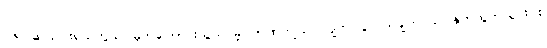
၁၆။ ဆယ်ပါးရယ်ဘွယ်၊ မှတ်ကြောင်းသွယ်ပိမ့်၊ ဉာဏ်ကျယ်ပါလျက်၊ ပွဲလယ်ချက်ဝယ်၊ နုတ်ထွက်ယွင်းပါး၊